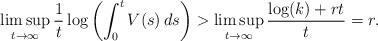
LaTeX: \begin{align*}\limsup_{t\to\infty} \frac1t \log\left(\int_0^t V(s) \,ds \right)>\limsup_{t\to\infty} \frac{\log(k) + rt}t =r.\end{align*}